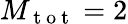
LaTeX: M_{\mathrm{~t~o~t~}}=2